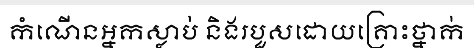
កំណើនអ្នកស្លាប់ និងរបួសដោយគ្រោះថ្នាក់